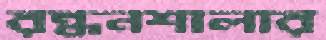
রন্ধনশালার